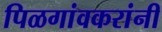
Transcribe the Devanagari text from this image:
पिळगांवकरांनी